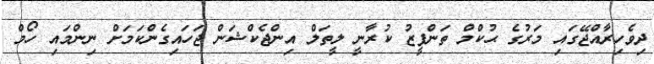
ދިވެހިރާއްޖޭގައި މަރުގެ ޙުކްމް ތަންފީޒު ކުރާނީ ލީތަލް އިންޖެކްޝަން ޖަހައިގެންކަމަށް ނިންމައި ހޯމް